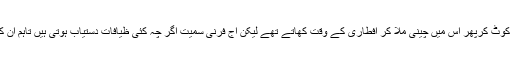
ان کا کہنا ہے کہ ایک زمانہ تھا جب غریبی کی وجہ سے لوگ چاول کو کوٹ کرپھر اس میں چینی ملا کر افطاری کے وقت کھاتے تھے لیکن آج فرنی سمیت اگر چہ کئی ظیافات دستیاب ہوتی ہیں تاہم ان کا وہ مزا نہیں جو غریبی کے ایام میں اُس چاول کی بنی فرنی کا ہوتا تھا ۔